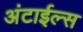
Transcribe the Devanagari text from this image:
अंटाईल्स